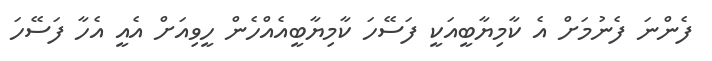
ފެންނަ ފެނުމަށް އެ ކާމިޔާބީއަކީ ފަސޭހަ ކާމިޔާބީއެއްހެން ހީވިއަށް އެއީ އެހާ ފަސޭހަ